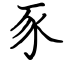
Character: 豕